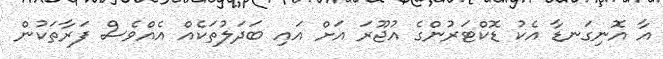
އާ އޮނިގަނޑާ އެކު ޑޮކްޓަރުންގެ އުޖޫރަ އަށް އައި ބަދަލުތަކެއް އެއްވެސް ފަރާތަކުން